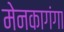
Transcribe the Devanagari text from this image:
मेनकागंगा